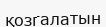
қозгалатын